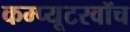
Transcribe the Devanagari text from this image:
कम्प्यूटरवॉच